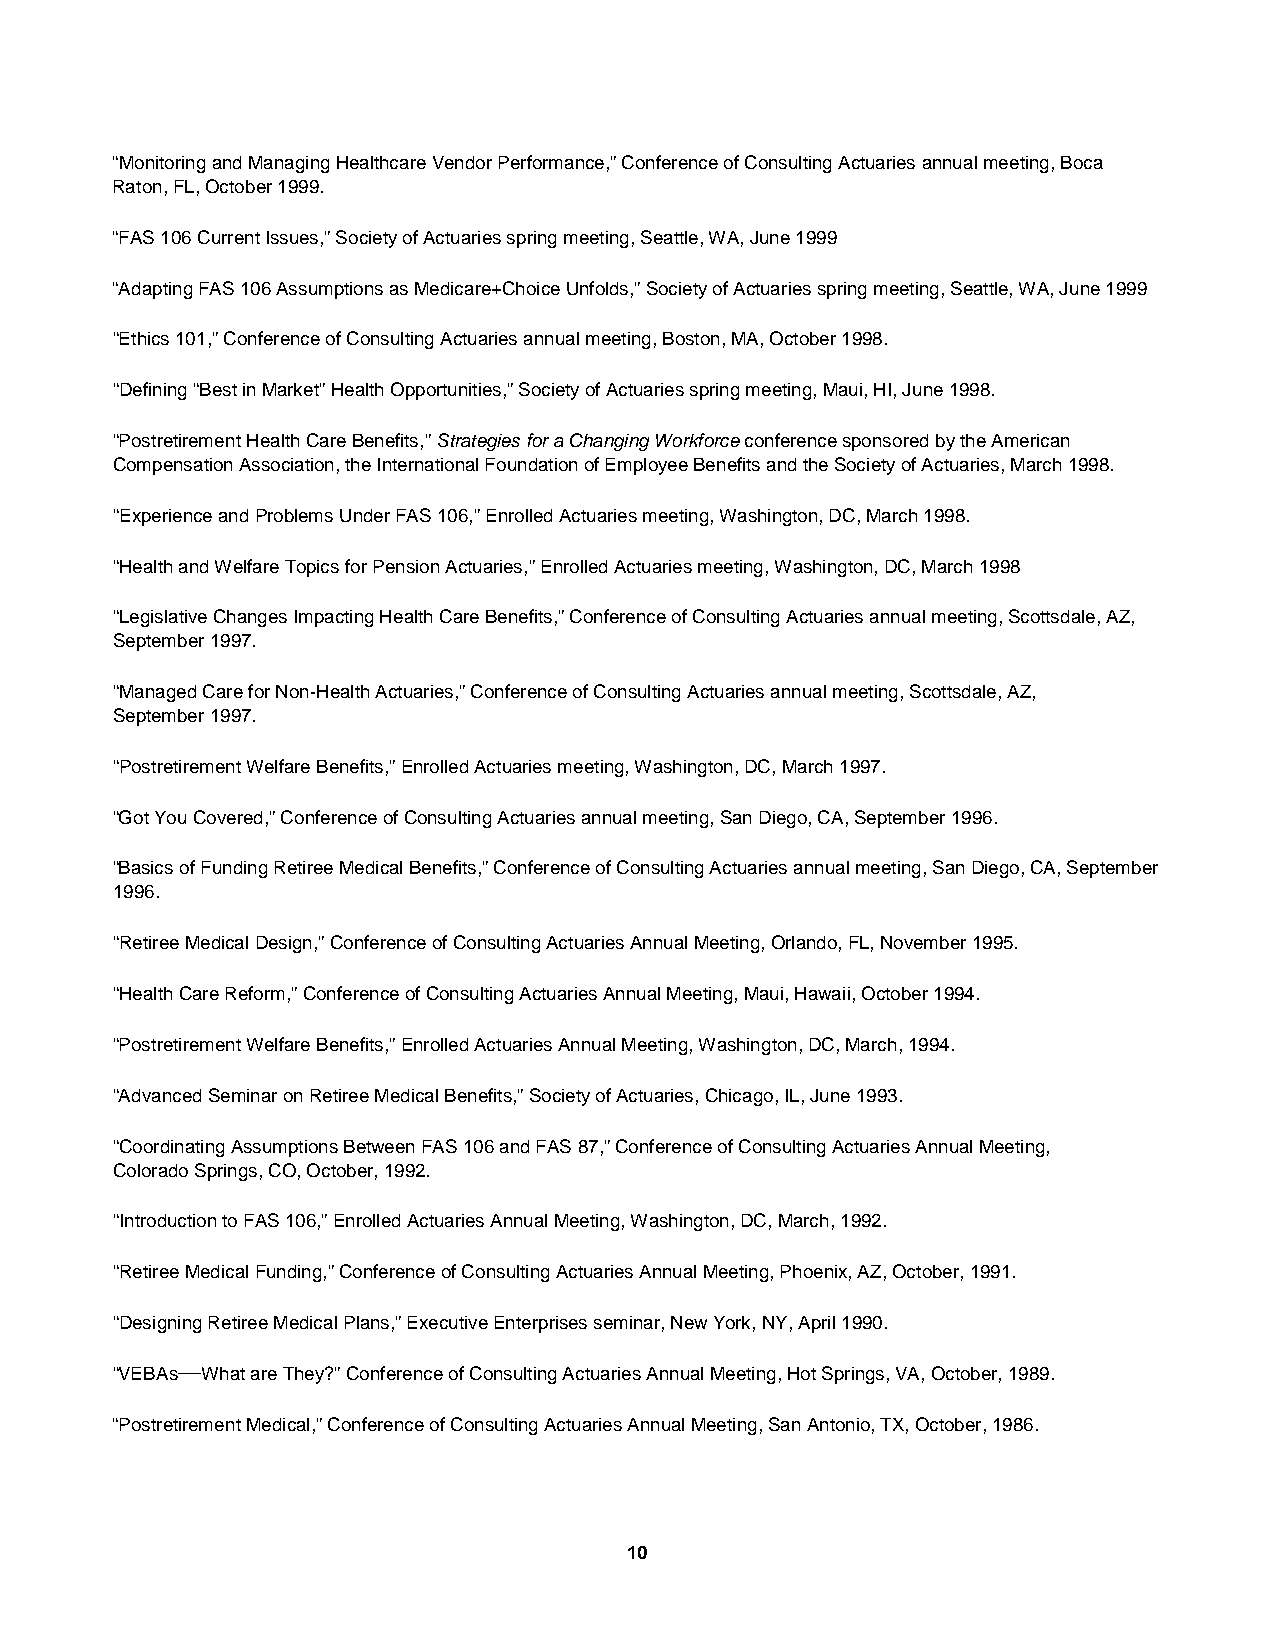
“Monitoring and Managing Healthcare Vendor Performance,” Conference of Consulting Actuaries annual meeting, Boca
 Raton, FL, October 1999.
 “FAS 106 Current Issues,” Society of Actuaries spring meeting, Seattle, WA, June 1999
 “Adapting FAS 106 Assumptions as Medicare+Choice Unfolds,” Society of Actuaries spring meeting, Seattle, WA, June 1999
 “Ethics 101,” Conference of Consulting Actuaries annual meeting, Boston, MA, October 1998.
 “Defining “Best in Market” Health Opportunities,” Society of Actuaries spring meeting, Maui, HI, June 1998.
 “Postretirement Health Care Benefits,” Strategies for a Changing Workforce conference sponsored by the American
 Compensation Association, the International Foundation of Employee Benefits and the Society of Actuaries, March 1998.
 “Experience and Problems Under FAS 106,” Enrolled Actuaries meeting, Washington, DC, March 1998.
 “Health and Welfare Topics for Pension Actuaries,” Enrolled Actuaries meeting, Washington, DC, March 1998
 “Legislative Changes Impacting Health Care Benefits,” Conference of Consulting Actuaries annual meeting, Scottsdale, AZ,
 September 1997.
 “Managed Care for Non-Health Actuaries,” Conference of Consulting Actuaries annual meeting, Scottsdale, AZ,
 September 1997.
 “Postretirement Welfare Benefits,” Enrolled Actuaries meeting, Washington, DC, March 1997.
 “Got You Covered,” Conference of Consulting Actuaries annual meeting, San Diego, CA, September 1996.
 “Basics of Funding Retiree Medical Benefits,” Conference of Consulting Actuaries annual meeting, San Diego, CA, September
 1996.
 “Retiree Medical Design,” Conference of Consulting Actuaries Annual Meeting, Orlando, FL, November 1995.
 “Health Care Reform,” Conference of Consulting Actuaries Annual Meeting, Maui, Hawaii, October 1994.
 “Postretirement Welfare Benefits,” Enrolled Actuaries Annual Meeting, Washington, DC, March, 1994.
 “Advanced Seminar on Retiree Medical Benefits,” Society of Actuaries, Chicago, IL, June 1993.
 “Coordinating Assumptions Between FAS 106 and FAS 87,” Conference of Consulting Actuaries Annual Meeting,
 Colorado Springs, CO, October, 1992.
 “Introduction to FAS 106,” Enrolled Actuaries Annual Meeting, Washington, DC, March, 1992.
 “Retiree Medical Funding,” Conference of Consulting Actuaries Annual Meeting, Phoenix, AZ, October, 1991.
 “Designing Retiree Medical Plans,” Executive Enterprises seminar, New York, NY, April 1990.
 “VEBAs—What are They?” Conference of Consulting Actuaries Annual Meeting, Hot Springs, VA, October, 1989.
 “Postretirement Medical,” Conference of Consulting Actuaries Annual Meeting, San Antonio, TX, October, 1986.
 10